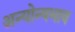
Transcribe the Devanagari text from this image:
अन्योन्यभाव